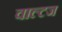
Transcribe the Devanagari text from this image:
वाल्टज